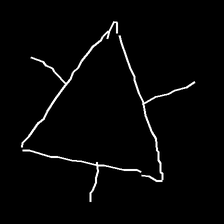
Glyph: fire